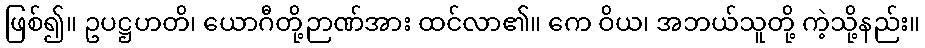
ဖြစ်၍။ ဥပဋ္ဌဟတိ၊ ယောဂီတို့ဉာဏ်အား ထင်လာ၏။ ကေ ဝိယ၊ အဘယ်သူတို့ ကဲ့သို့နည်း။